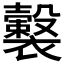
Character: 𧞺